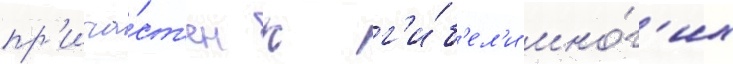
пр'ича́ст'ен к г'и́б'ел'и мно́г'их